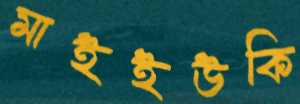
মাইইউকি